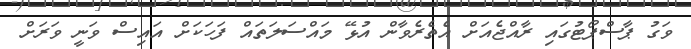
ވަގު ޕާސްޕޯޓުގައި ރާއްޖެއަށް އެތެރެވާން އުޅޭ މައްސަލަތައް ފަހަކަށް އައިސް ވަނީ ވަރަށް